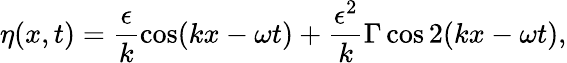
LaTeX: \eta(x,t)=\frac{\epsilon}{k}\cos(kx-\omega t)+\frac{\epsilon^{2}}{k}\Gamma\cos 2(kx-\omega t),